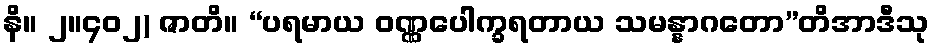
နိ။ ၂။၄၀၂) ဇာတိ။ “ပရမာယ ဝဏ္ဏပေါက္ခရတာယ သမန္နာဂတော”တိအာဒီသု